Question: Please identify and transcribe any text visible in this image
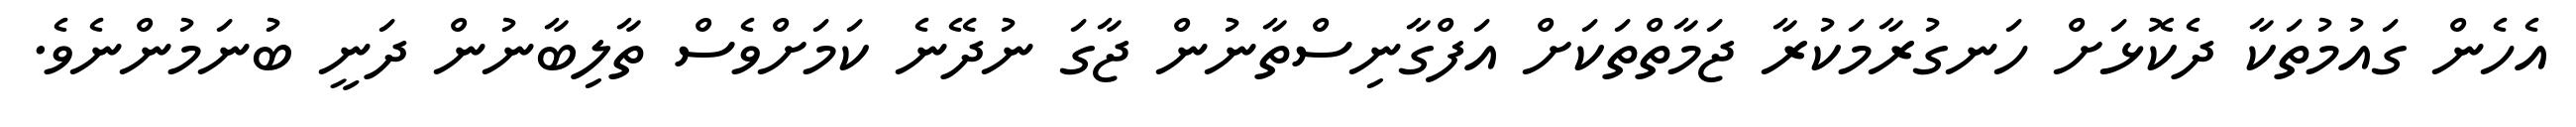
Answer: އެހެން ގައުމުތަކާ ދެކޮޅަށް ހަނގުރާމަކުރާ ޖަމާތްތަކަށް އަފްގާނިސްތާނުން ޖާގަ ނުދޭނެ ކަމަށްވެސް ތާލިބާނުން ދަނީ ބުނަމުންނެވެ.